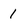
Character: 1